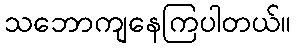
သဘောကျနေကြပါတယ်။